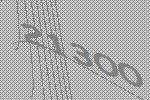
21300